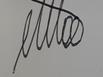
Signature authenticity: genuine